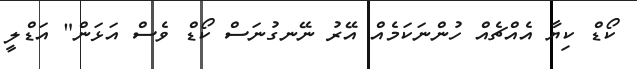
ކޯޑް ކިޔާ އެއްޗެއް ހުންނަކަމެއް އޭރު ނޭނގުނަސް ކޯޑް ވެސް އަޅަން" އަޑްލީ